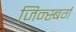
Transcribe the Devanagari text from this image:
जिन्स्बर्ग